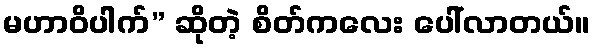
မဟာဝိပါက်” ဆိုတဲ့ စိတ်ကလေး ပေါ်လာတယ်။